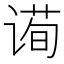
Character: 䜦